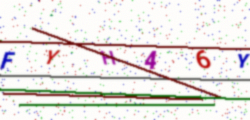
Text: FYH46Y